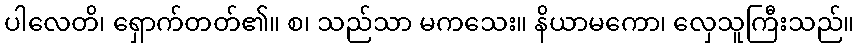
ပါလေတိ၊ ရှောက်တတ်၏။ စ၊ သည်သာ မကသေး။ နိယာမကော၊ လှေသူကြီးသည်။